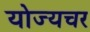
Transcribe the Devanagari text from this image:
योज्यचर